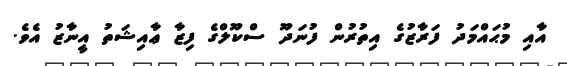
އާއި މުޙައްމަދު ފަރާޒުގެ އިތުރުން ފުނަދޫ ސްކޫލްގެ ފިޒާ ޢާއިޝަތު އީނާޒު އެވެ.